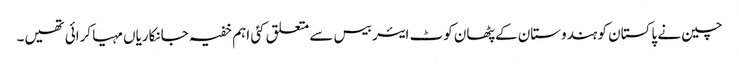
چین نے پاکستان کو ہندوستان کے پٹھان کوٹ ایئر بیس سے متعلق کئی اہم خفیہ جانکاریاں مہیا کرائی تھیں۔